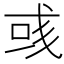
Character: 彧